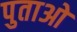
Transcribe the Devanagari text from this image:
पुताओ